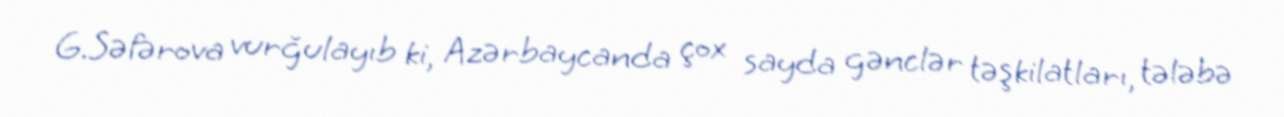
G.Səfərova vurğulayıb ki, Azərbaycanda çox sayda gənclər təşkilatları, tələbə